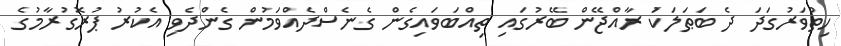
ހިތްވަރުގަދަ ދެ ބަޠަލަކަު ރާއްޖޭން ބޭރުގައި ތިއްބަވައިގެން ގެނެސްދެއްވަމުން ގެންދެވި އެކުރު ޕުރޮގުރާމުގެ